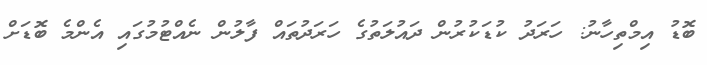
ބޮޑު އިމްތިހާނު: ހަރަދު ކުޑަކުރުން ދައުލަތުގެ ހަރަދުތައް ފާލުން ނެއްޓުމުގައި އެންމެ ބޮޑަށް